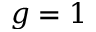
g = 1